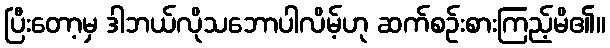
ပြီးတော့မှ ဒါဘယ်လိုသဘောပါလိမ့်ဟု ဆက်စဉ်းစားကြည့်မိ၏။